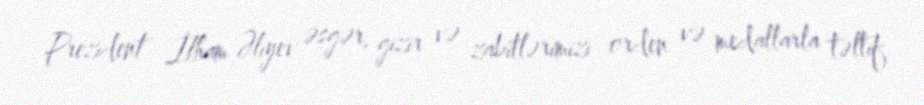
Prezident İlham Əliyev əsgər, gizir və zabitlərimizi orden və medallarla təltif